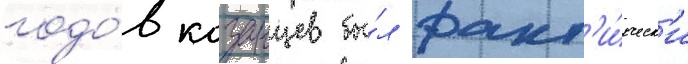
годо́в казанцев бы́л факт'и́ческ'и